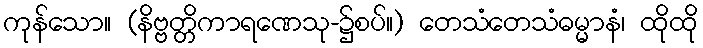
ကုန်သော။ (နိဗ္ဗတ္တိကာရဏေသု-၌စပ်။) တေသံတေသံဓမ္မာနံ၊ ထိုထို